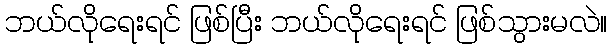
ဘယ်လိုရေးရင် ဖြစ်ပြီး ဘယ်လိုရေးရင် ဖြစ်သွားမလဲ။